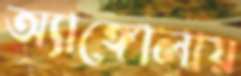
অ্যাঙ্গোলায়